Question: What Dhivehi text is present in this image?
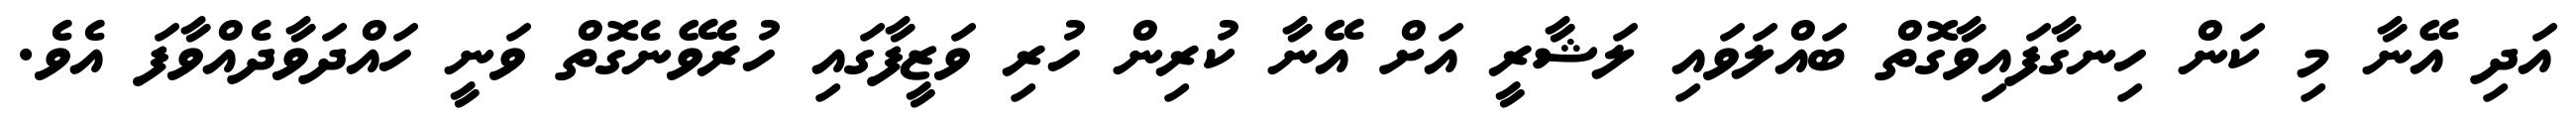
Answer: އަދި އޭނާ މި ކަން ހިނގާފައިވާގޮތް ބައްލަވައި ލަޝާރީ އަށް އޭނާ ކުރިން ހުރި ވަޒީފާގައި ހުރެވޭނެގޮތް ވަނީ ހައްދަވާދެއްވާފަ އެވެ.